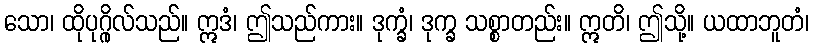
သော၊ ထိုပုဂ္ဂိုလ်သည်။ ဣဒံ၊ ဤသည်ကား။ ဒုက္ခံ၊ ဒုက္ခ သစ္စာတည်း။ ဣတိ၊ ဤသို့။ ယထာဘူတံ၊